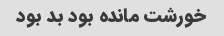
خورشت مانده بود بد بود